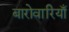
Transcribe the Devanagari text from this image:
बारोवारियाँ